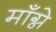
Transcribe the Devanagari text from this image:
माँग्ने